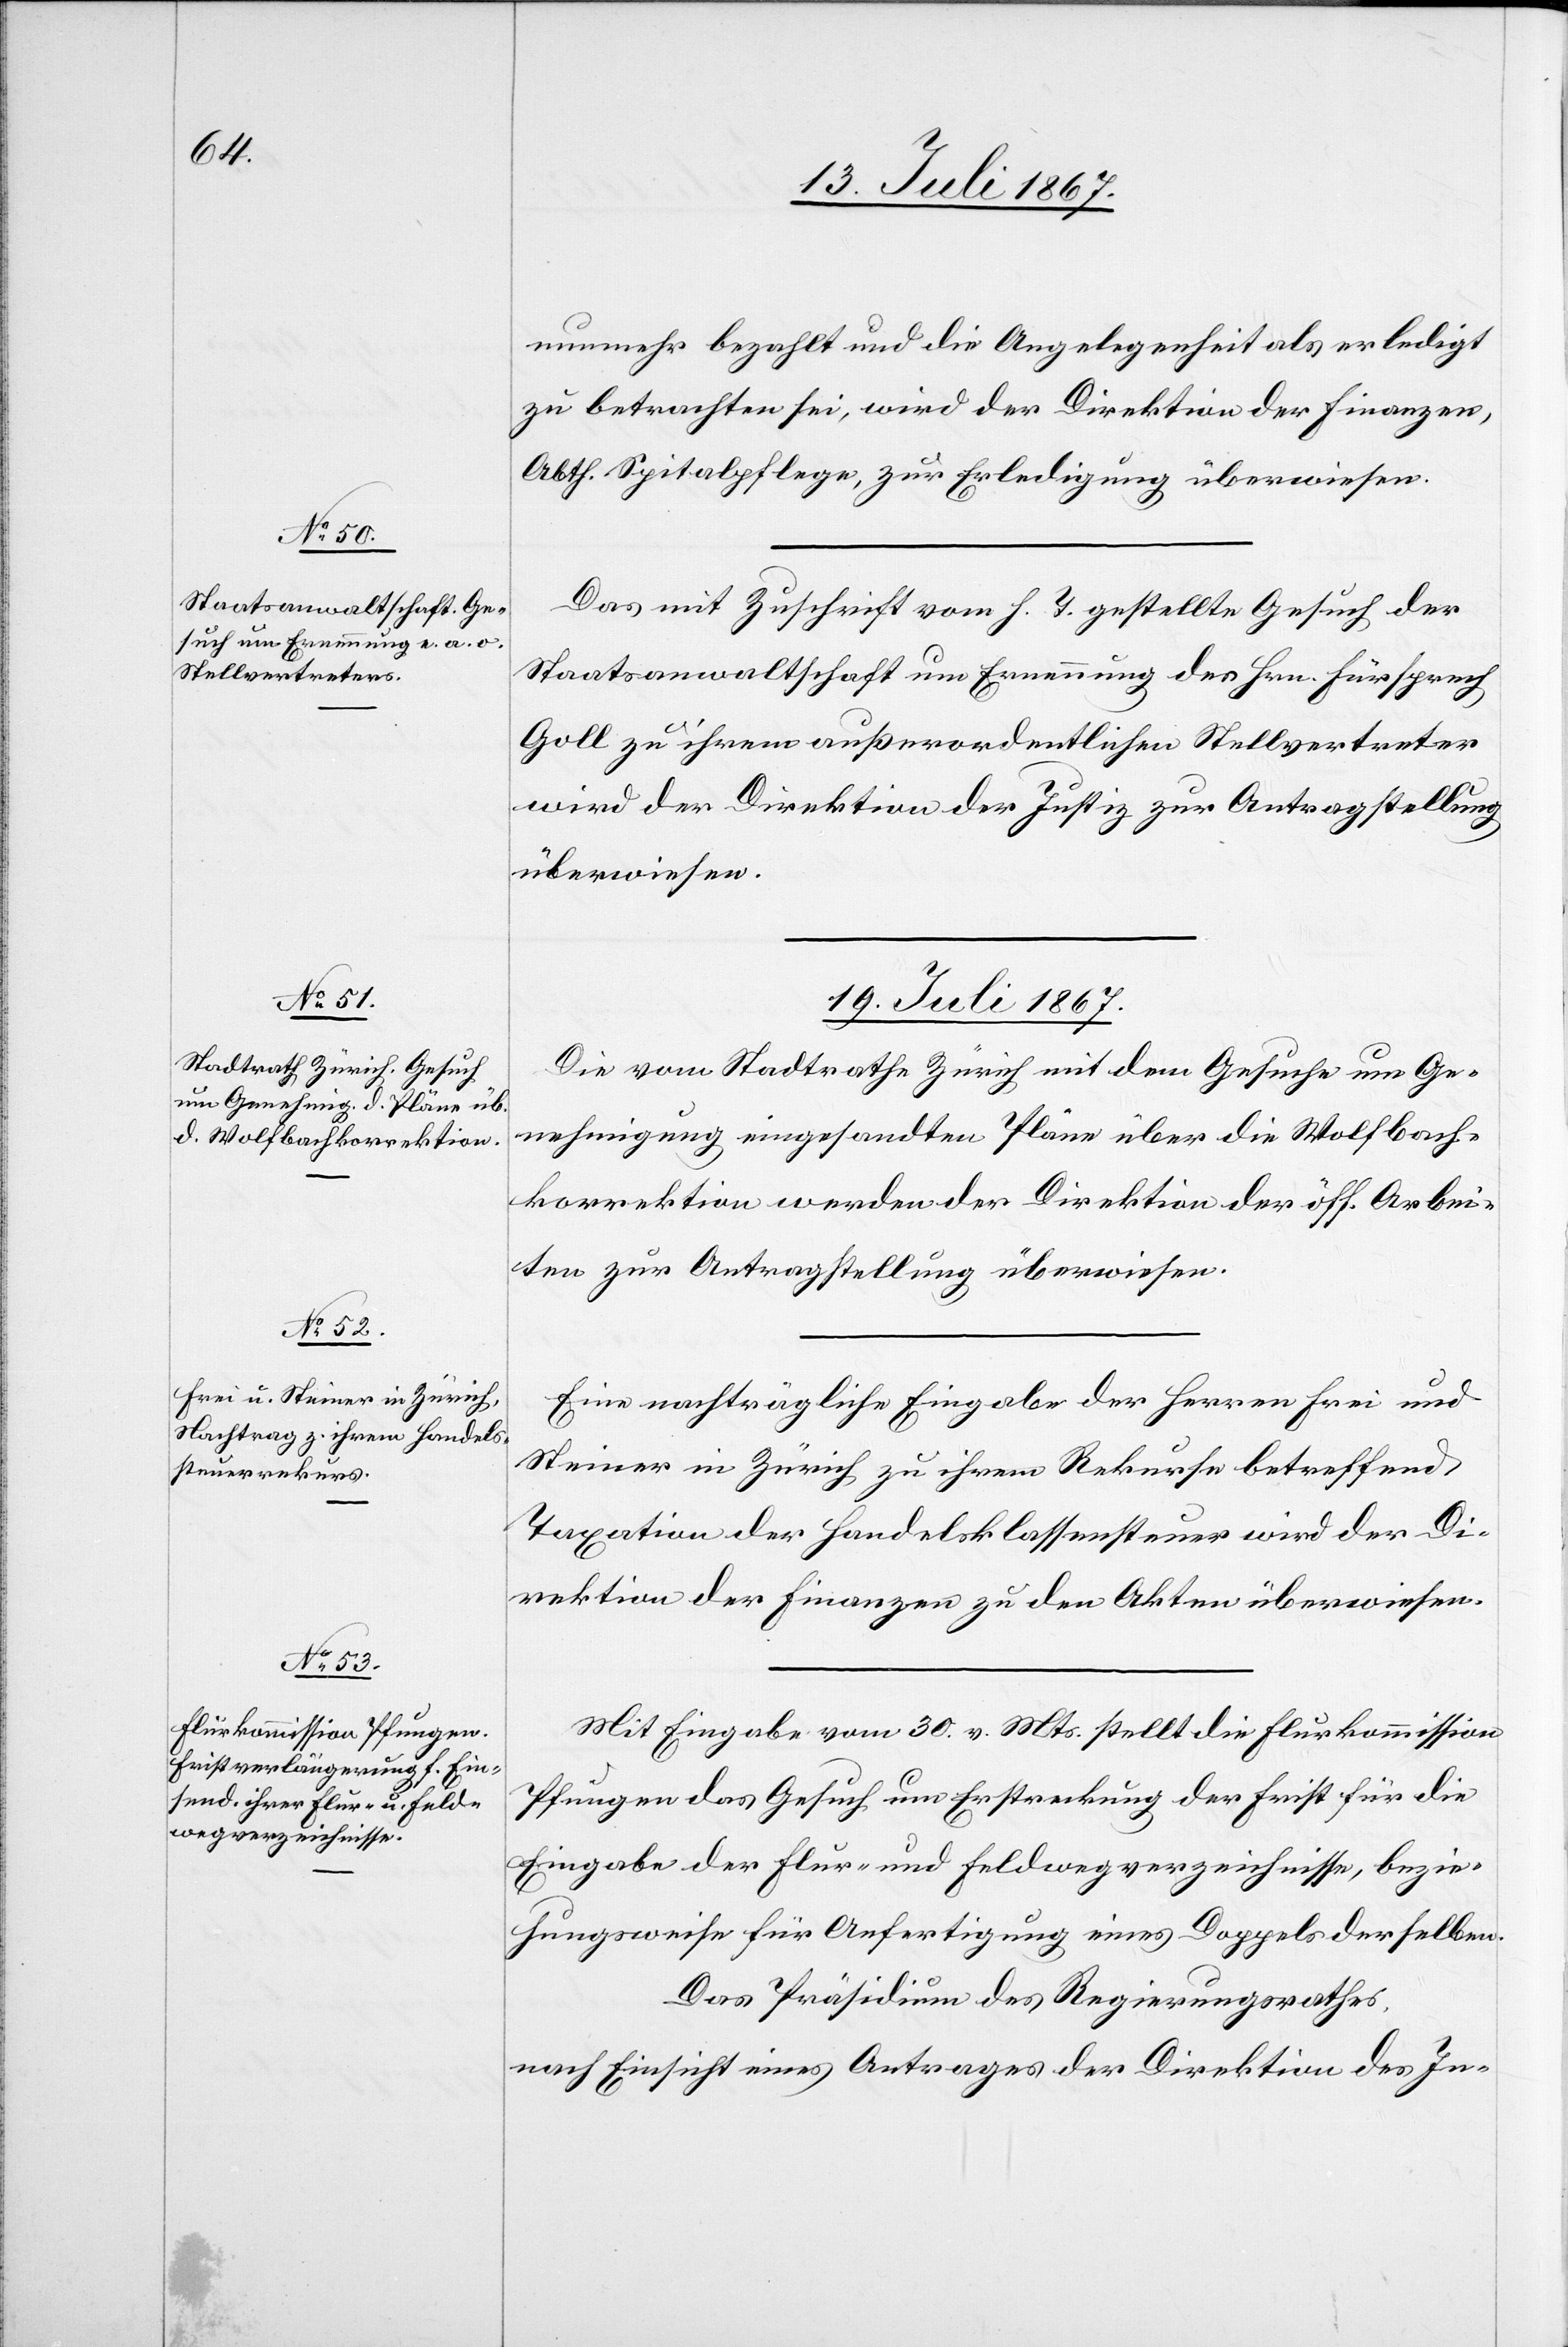
19. Juli 1867.]
nunmehr bezahlt und die Angelegenheit als erledigt
zu betrachten sei, wird der Direktion der Finanzen,
Abth. Spitalpflege, zur Erledigung überwiesen.
Das mit Zuschrift vom h. T. gestellte Gesuch der
Staatsanwaltschaft um Ernennung des Hrn. Fürsprech
Goll zu ihrem außerordentlichen Stellvertreter
wird der Direktion der Justiz zur Antragstellung
überwiesen.
19. Juli 1867.
Die vom Stadtrathe Zürich mit dem Gesuche um Ge¬
nehmigung eingesandten Pläne über die Wolfbach¬
korrektion werden der Direktion der öff. Arbei¬
ten zur Antragstellung überwiesen.
Eine nachträgliche Eingabe der Herren Frei und
Steiner in Zürich zu ihrem Rekurse betreffend
Taxation der Handelsklassensteuer wird der Di¬
rektion der Finanzen zu den Akten überwiesen.
Mit Eingabe vom 30. v. Mts. stellt die Flurkommission
Pfungen das Gesuch um Erstreckung der Frist für die
Eingabe der Flur- und Feldwegverzeichnisse, bezie¬
hungsweise für Anfertigung eines Doppels derselben.
Das Präsidium des Regierungsrathes,
nach Einsicht eines Antrages der Direktion des In-